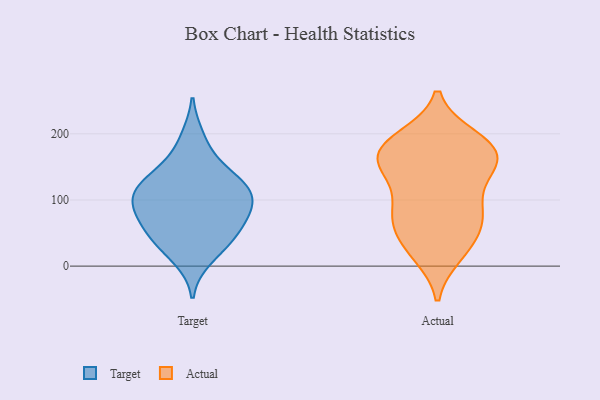
{"axis": {"x": "Waste Production (Tons)", "y": "Value"}, "legend": ["Actual", "Target"], "data": [{"x": "", "y": 112, "type": "Target"}, {"x": "", "y": 194, "type": "Target"}, {"x": "", "y": 119, "type": "Target"}, {"x": "", "y": 85, "type": "Target"}, {"x": "", "y": 157, "type": "Target"}, {"x": "", "y": 12, "type": "Target"}, {"x": "", "y": 121, "type": "Target"}, {"x": "", "y": 81, "type": "Target"}, {"x": "", "y": 71, "type": "Target"}, {"x": "", "y": 46, "type": "Target"}, {"x": "", "y": 87, "type": "Target"}, {"x": "", "y": 42, "type": "Target"}, {"x": "", "y": 38, "type": "Target"}, {"x": "", "y": 132, "type": "Target"}, {"x": "", "y": 112, "type": "Target"}, {"x": "", "y": 184, "type": "Actual"}, {"x": "", "y": 80, "type": "Actual"}, {"x": "", "y": 163, "type": "Actual"}, {"x": "", "y": 97, "type": "Actual"}, {"x": "", "y": 146, "type": "Actual"}, {"x": "", "y": 79, "type": "Actual"}, {"x": "", "y": 128, "type": "Actual"}, {"x": "", "y": 80, "type": "Actual"}, {"x": "", "y": 160, "type": "Actual"}, {"x": "", "y": 18, "type": "Actual"}, {"x": "", "y": 194, "type": "Actual"}, {"x": "", "y": 176, "type": "Actual"}, {"x": "", "y": 192, "type": "Actual"}, {"x": "", "y": 59, "type": "Actual"}, {"x": "", "y": 29, "type": "Actual"}, {"x": "", "y": 62, "type": "Actual"}, {"x": "", "y": 181, "type": "Actual"}, {"x": "", "y": 23, "type": "Actual"}, {"x": "", "y": 156, "type": "Actual"}, {"x": "", "y": 149, "type": "Actual"}]}